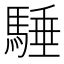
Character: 䮔